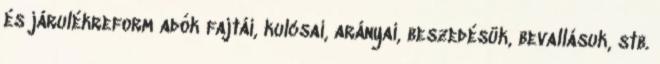
és járulékreform adók fajtái, kulcsai, arányai, beszedésük, bevallásuk, stb.